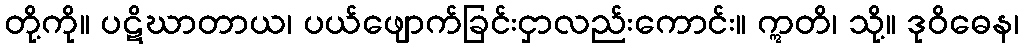
တို့ကို။ ပဋိဃာတာယ၊ ပယ်ဖျောက်ခြင်းငှာလည်းကောင်း။ ဣတိ၊ သို့။ ဒုဝိဓေန၊